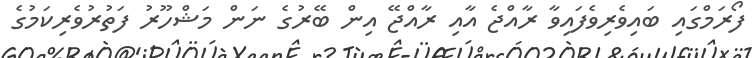
ފޯރަމްގައި ބައިވެރިވެފައިވާ ރާއްޖެ އާއި ރާއްޖޭ އިން ބޭރުގެ ނަން މަޝްހޫރު ފަތުރުވެރިކަމުގެ